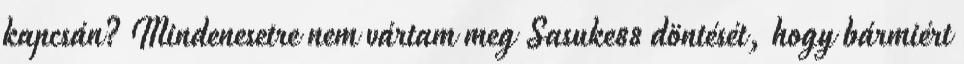
kapcsán? Mindenesetre nem vártam meg Sasuke88 döntését, hogy bármiért